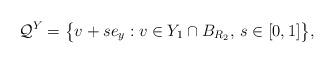
LaTeX: \begin{gather*}\mathcal{Q}^Y=\big\{ v+s e_y: v \in Y_1 \cap B_{R_2}, \, s \in [0,1] \big\},\end{gather*}